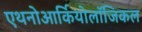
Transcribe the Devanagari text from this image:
एथनोआर्कियोलॉजिकल